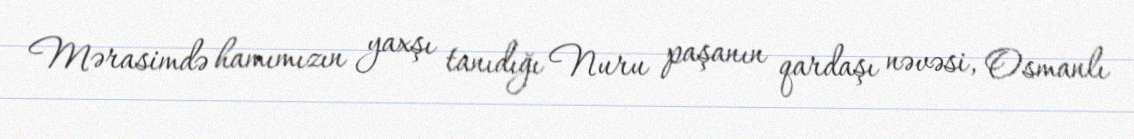
Mərasimdə hamımızın yaxşı tanıdığı Nuru paşanın qardaşı nəvəsi, Osmanlı